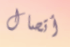
أتصال